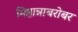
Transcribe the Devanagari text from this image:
मिष्ठान्नाबरोबर